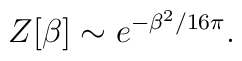
Z[\beta] \sim e^{-\beta^2/16\pi}.